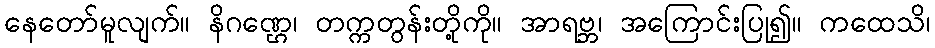
နေတော်မူလျက်။ နိဂဏ္ဌေ၊ တက္ကတွန်းတို့ကို။ အာရဗ္ဘ၊ အကြောင်းပြု၍။ ကထေသိ၊